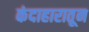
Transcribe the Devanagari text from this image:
कंदाहारातून